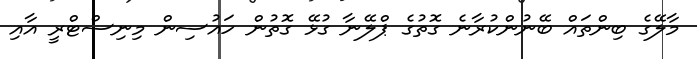
މާލޭގެ ބިންތައް ބޭނުންކުރާނެ ގޮތުގެ ޕްލޭނާ ގުޅޭ ގޮތުން ހައުސިން މިނިސްޓްރީ އާއި